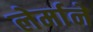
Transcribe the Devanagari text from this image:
लेर्माने